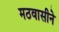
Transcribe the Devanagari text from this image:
मठवासीने